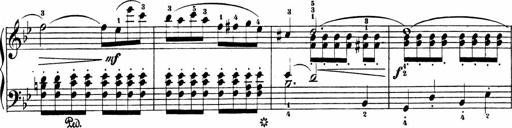
Title: Sonatinen Op.47, 98 und 136, nebst 6 Liedersonatinen
Composer: Carl Reinecke